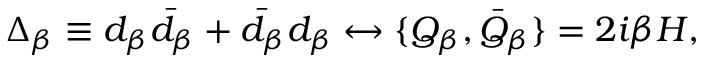
\Delta _ { \beta } \equiv d _ { \beta } \bar { d } _ { \beta } + \bar { d } _ { \beta } d _ { \beta } \leftrightarrow \{ Q _ { \beta } , \bar { Q } _ { \beta } \} = 2 i \beta { \cal H } ,